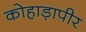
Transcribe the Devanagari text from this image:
कोहाड़ापीर